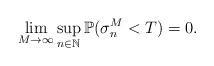
LaTeX: \begin{align*}\lim_{M\rightarrow\infty}\sup_{n\in \mathbb{N}} \mathbb{P}(\sigma_{n}^M <T) =0 .\end{align*}